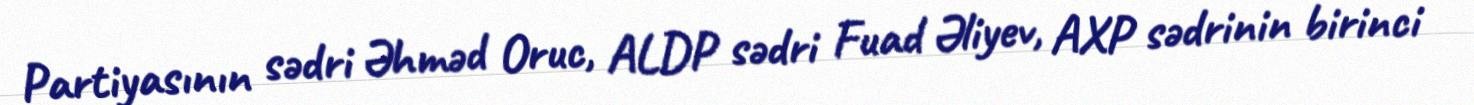
Partiyasının sədri Əhməd Oruc, ALDP sədri Fuad Əliyev, AXP sədrinin birinci